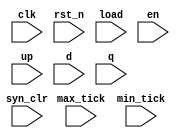
`timescale 1ns / 1ps

module monitor
	#(parameter N=3)
	(
	input clk,rst_n,
	input syn_clr,load,en,up,
	input[N-1:0] d,
	input[N-1:0] q,
	input max_tick,min_tick
    );
	 reg syn_clr_reg,load_reg,en_reg,up_reg,rst_reg;
	 reg[N-1:0] d_reg,result,q_reg;
	 reg[39:0] msg;
	 initial begin
		$display("time sync_clr/load/en/up q result msg");
	 end
	 always @(posedge clk) begin
		syn_clr_reg<=syn_clr;
		load_reg<=load;
		en_reg<=en;
		up_reg<=up;
		d_reg<=d;
		q_reg<=q;
		rst_reg<=1;
		msg=(result===q)?" ":"ERROR";
		$strobe("%0d %b%b%b%b %0d %0d %s",$time,syn_clr,load,en,up,q,result,msg);
	 end
	 
	 always @* begin
		if(!rst_n) rst_reg=0;
		if(!rst_reg) result=0;
		else begin
			if(syn_clr_reg) result=0;
			else if(load_reg) result=d;
			else if(en_reg && up_reg) result=q_reg+1;
			else if(en_reg && !up_reg) result=q_reg-1;
			else result=q_reg;
		end
	 end
	 
endmodule